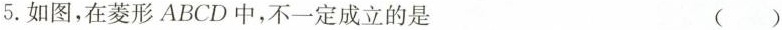
5.如图，在菱形ABCD中，不一定成立的是 ()